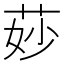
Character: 𦯷